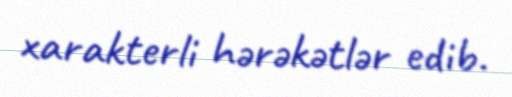
xarakterli hərəkətlər edib.